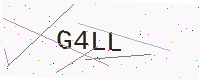
Text: G4LL